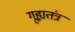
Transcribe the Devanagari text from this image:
गूह्यतंत्र